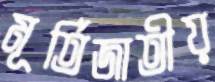
মূর্তিজাতীয়